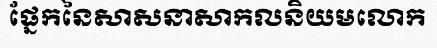
ផ្នែកនៃសាសនាសាកលនិយមលោក